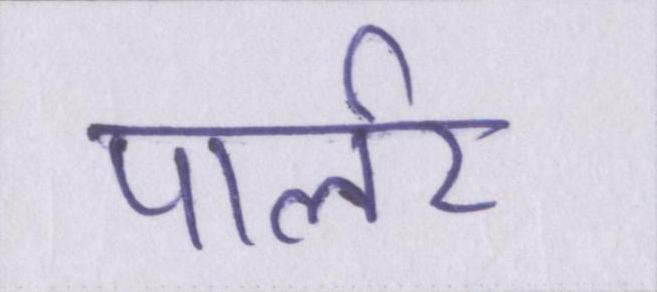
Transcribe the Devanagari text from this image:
पार्लर